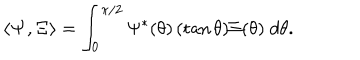
LaTeX: \langle { \bf \Psi } , { \bf \Xi } \rangle = \int _ { 0 } ^ { \pi / 2 } \Psi ^ { * } ( \theta ) \, ( \tan \theta ) \Xi ( \theta ) \; d \theta .